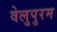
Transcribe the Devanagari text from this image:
वेलुपुरम